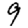
Digit: 9